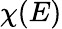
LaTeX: \chi(E)